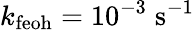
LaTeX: k_{\mathrm{feoh}}=10^{-3}\; \mathrm{s}^{-1}